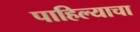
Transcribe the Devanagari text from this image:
पाहिल्याचा